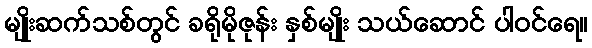
မျိုးဆက်သစ်တွင် ခရိုမိုဇုန်း နှစ်မျိုး သယ်ဆောင် ပါဝင်ရေ။